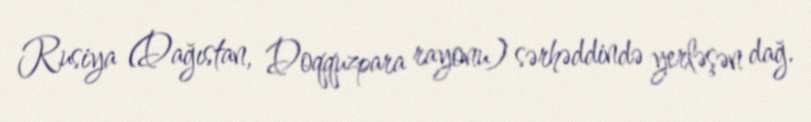
Rusiya (Dağıstan, Doqquzpara rayonu) sərhəddində yerləşən dağ.